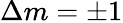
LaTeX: \Delta m=\pm 1